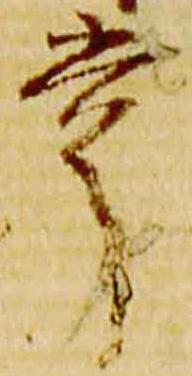
掌